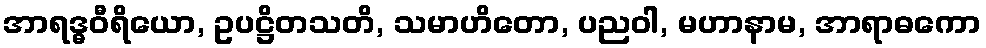
အာရဒ္ဓဝီရိယော, ဥပဋ္ဌိတသတိ, သမာဟိတော, ပညဝါ, မဟာနာမ, အာရာဓကော